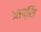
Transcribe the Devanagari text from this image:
आप्सि